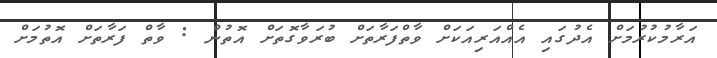
އަރާމުކުރުމަށް އެދުގައި އެއްއަރިއަކަށް ވާތްފަރާތަށް ބުރަވާގޮތަށް އޮތުން : ވާތް ފަރާތަށް އޮތުމަށް